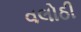
વલોઠી